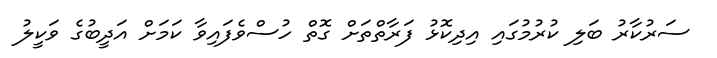
ސަރުކާރު ބަލި ކުރުމުގައި އިދިކޮޅު ފަރާތްތަށް ގޮތް ހުސްވެފައިވާ ކަމަށް އަދީބުގެ ވަކީލު